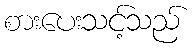
စားပေးသင့်သည်